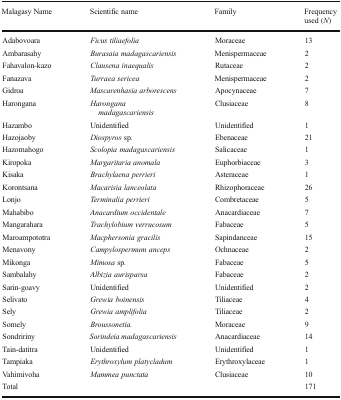
| Malagasy Name | Scientific name | Family | Frequency used (N) |
 | --- | --- | --- | --- |
 | Adabovoara | Ficus tiliaefolia | Moraceae | 13 |
 | Ambarasahy | Burasaia madagascariensis | Menispermaceae | 2 |
 | Fahavalon-kazo | Clausena inaequalis | Rutaceae | 2 |
 | Fanazava | Turraea sericea | Menispermaceae | 2 |
 | Gidroa | Mascarenhasia arborescens | Apocynaceae | 7 |
 | Harongana | Harongana madagascariensis | Clusiaceae | 8 |
 | Hazambo | Unidentified | Unidentified | 1 |
 | Hazojaoby | Diospyros sp. | Ebenaceae | 21 |
 | Hazomahogo | Scolopia madagascariensis | Salicaceae | 1 |
 | Kiropoka | Margaritaria anomala | Euphorbiaceae | 3 |
 | Kisaka | Brachylaena perrieri | Asteraceae | 1 |
 | Korontsana | Macarisia lanceolata | Rhizophoraceae | 26 |
 | Lonjo | Terminalia perrieri | Combretaceae | 5 |
 | Mahabibo | Anacardium occidentale | Anacardiaceae | 7 |
 | Mangarahara | Trachylobium verrucosum | Fabaceae | 5 |
 | Maroampototra | Macphersonia gracilis | Sapindanceae | 15 |
 | Menavony | Campylospermum anceps | Ochnaceae | 2 |
 | Mikonga | Mimosa sp. | Fabaceae | 5 |
 | Sambalahy | Albizia aurisparsa | Fabaceae | 2 |
 | Sarin-goavy | Unidentified | Unidentified | 2 |
 | Selivato | Grewia boinensis | Tiliaceae | 4 |
 | Sely | Grewia amplifolia | Tiliaceae | 2 |
 | Somely | Broussonetia. | Moraceae | 9 |
 | Sondririny | Sorindeia madagascariensis | Anacardiaceae | 14 |
 | Tain-datitra | Unidentified | Unidentified | 1 |
 | Tampiaka | Erythroxylum platycladum | Erythroxylaceae | 1 |
 | Vahimivoha | Mammea punctata | Clusiaceae | 10 |
 | <COLSPAN=3> Total | 171 |